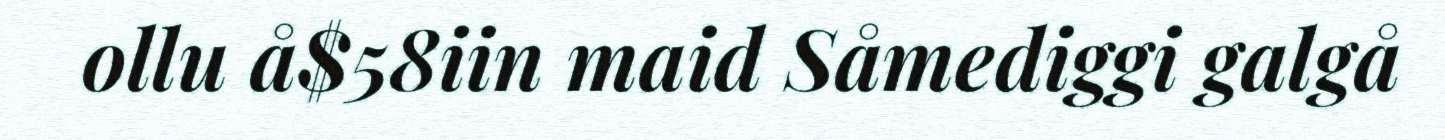
ollu å$58iin maid Såmediggi galgå